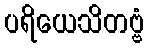
ပရိယေသိတဗ္ဗံ